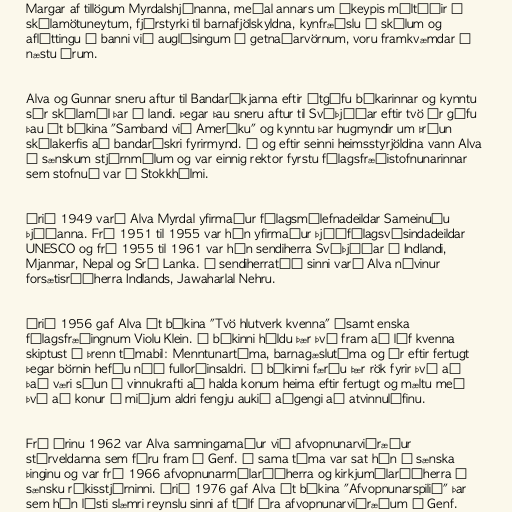
Margar af tillögum Myrdalshjónanna, meðal annars um ókeypis máltíðir í
skólamötuneytum, fjárstyrki til barnafjölskyldna, kynfræðslu í skólum og
afléttingu á banni við auglýsingum á getnaðarvörnum, voru framkvæmdar á
næstu árum.

Alva og Gunnar sneru aftur til Bandaríkjanna eftir útgáfu bókarinnar og kynntu
sér skólamál þar í landi. Þegar þau sneru aftur til Svíþjóðar eftir tvö ár gáfu
þau út bókina "Samband við Ameríku" og kynntu þar hugmyndir um þróun
skólakerfis að bandarískri fyrirmynd. Í og eftir seinni heimsstyrjöldina vann Alva
í sænskum stjórnmálum og var einnig rektor fyrstu félagsfræðistofnunarinnar
sem stofnuð var í Stokkhólmi.

Árið 1949 varð Alva Myrdal yfirmaður félagsmálefnadeildar Sameinuðu
þjóðanna. Frá 1951 til 1955 var hún yfirmaður þjóðfélagsvísindadeildar
UNESCO og frá 1955 til 1961 var hún sendiherra Svíþjóðar í Indlandi,
Mjanmar, Nepal og Srí Lanka. Á sendiherratíð sinni varð Alva návinur
forsætisráðherra Indlands, Jawaharlal Nehru.

Árið 1956 gaf Alva út bókina "Tvö hlutverk kvenna" ásamt enska
félagsfræðingnum Violu Klein. Í bókinni héldu þær því fram að líf kvenna
skiptust í þrenn tímabil: Menntunartíma, barnagæslutíma og ár eftir fertugt
þegar börnin hefðu náð fullorðinsaldri. Í bókinni færðu þær rök fyrir því að
það væri sóun á vinnukrafti að halda konum heima eftir fertugt og mæltu með
því að konur á miðjum aldri fengju aukið aðgengi að atvinnulífinu.

Frá árinu 1962 var Alva samningamaður við afvopnunarviðræður
stórveldanna sem fóru fram í Genf. Á sama tíma var sat hún á sænska
þinginu og var frá 1966 afvopnunarmálaráðherra og kirkjumálaráðherra í
sænsku ríkisstjórninni. Árið 1976 gaf Alva út bókina "Afvopnunarspilið" þar
sem hún lýsti slæmri reynslu sinni af tólf ára afvopnunarviðræðum í Genf.